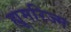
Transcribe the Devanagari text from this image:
ह्यूमरिज्म